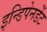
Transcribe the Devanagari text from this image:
इन्डिपेनडेंट